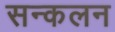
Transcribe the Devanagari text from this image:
सन्कलन